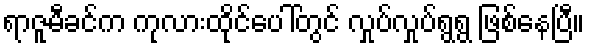
ရာဇူမီခင်က ကုလားထိုင်ပေါ်တွင် လှုပ်လှုပ်ရွရွ ဖြစ်နေပြီ။